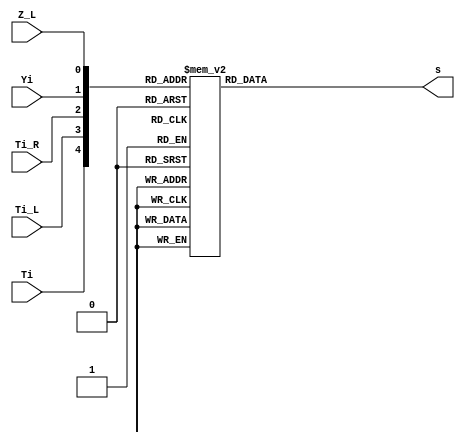
module control ( Ti, Ti_L, Ti_R, Yi, Z_L, s );

	output  [1:0] s;
	reg [1:0] s;
	input Ti, Ti_L, Ti_R, Yi, Z_L;
	
	always @ (Ti, Ti_L, Ti_R, Yi, Z_L)
	begin	
		case ({Ti, Ti_L, Ti_R, Yi, Z_L})						
			5'b00000, 5'b00100, 5'b11101, 5'b10101:
			begin
				s[1:0] <= 2'b00;												
			end
						
			5'b00101, 5'b10100, 5'b00110, 5'b10110:
			begin
				s[1:0] <= 2'b01;												
			end
													
			5'b11100, 5'b11110:
			begin
				s[1:0] <= 2'b10;												
			end
			
			
			5'b00001, 5'b00010:
			begin
				s[1:0] <= 2'b11;												
			end			 
						
			default:
			begin
				s[1:0] <= 2'b00;
			end
		endcase	
	end 
	
endmodule